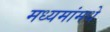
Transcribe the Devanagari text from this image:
मध्यमांमधे